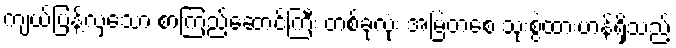
ကျယ်ပြန့်လှသော စာကြည့်ဆောင်ကြီး တစ်ခုလုံး အမြဲတစေ သုံးစွဲထားဟန်ရှိသည့်